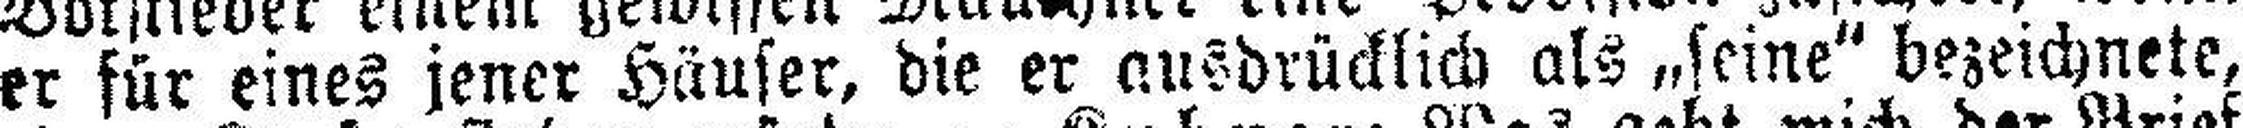
er für eines jener Häuser, die er ausdrücklich als „seine“ bezeichnete,